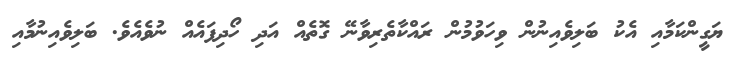
ޔަގީންކަމާއި އެކު ބަލިވެއިނުން ވިހަވުމުން ރައްކާތެރިވާނޭ ގޮތެއް އަދި ހޯދިފައެއް ނުވެއެވެ. ބަލިވެއިނުމާއި